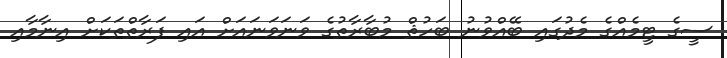
ސީގެ ޓީމެއްގެ މެދުގައި ބޭއްވުނު ބަހުޘް މުބާރާތުގެ ވަނަވަނައަށް އައި ފަރާތްތަކަށް އިނާމާއި